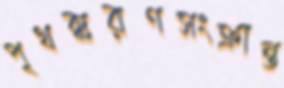
পৃথক্করণসংক্রান্ত